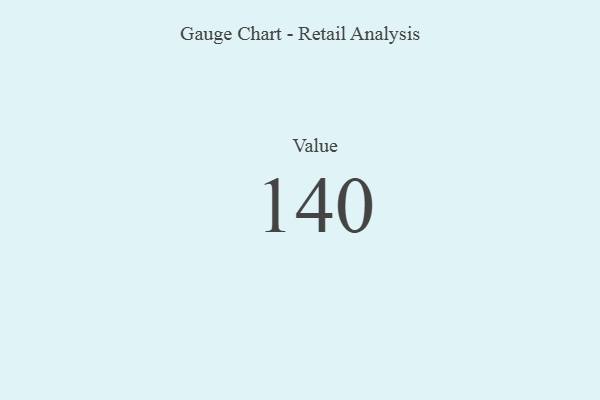
{"axis": {"x": "Metric", "y": "Value"}, "legend": [""], "data": [{"x": "Value", "y": 140, "type": ""}]}